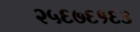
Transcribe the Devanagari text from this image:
२५६७६१६३